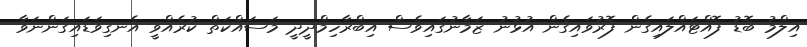
އިލްމު ބޮޑު ފޮއްޓައްލައިގެން ފޮރުވައިގެން އުޅުނު ޒަމާނުގައިވެސް އިބްރާހިމްދީދީ މަސައްކަތް ކުރެއްވީ އެނގިވަޑައިގަންނަވާ